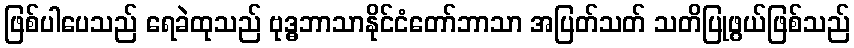
ဖြစ်ပါပေသည် ရေခဲထုသည် ဗုဒ္ဓဘာသာနိုင်ငံတော်ဘာသာ အပြတ်သတ် သတိပြုဖွယ်ဖြစ်သည်